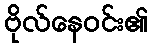
ဗိုလ်နေဝင်း၏